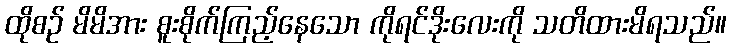
ထိုစဉ် မိမိအား စူးစိုက်ကြည့်နေသော ကိုရင်ဒိုးလေးကို သတိထားမိရသည်။